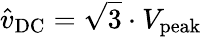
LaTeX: {\hat{v}}_{\mathrm{DC}}={\sqrt{3}}\cdot V_{\mathrm{peak}}